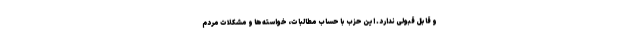
و قابل قبولی ندارد. این حزب با حساب مطالبات، خواسته‌ها و مشکلات مردم